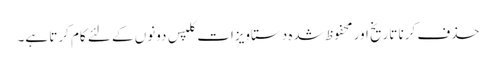
حذف کرنا تاریخ اور محفوظ شدہ دستاویزات کلپس دونوں کے لئے کام کرتا ہے۔